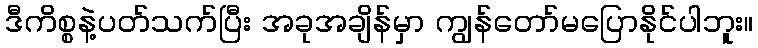
ဒီကိစ္စနဲ့ပတ်သက်ပြီး အခုအချိန်မှာ ကျွန်တော်မပြောနိုင်ပါဘူး။